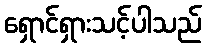
ရှောင်ရှားသင့်ပါသည်